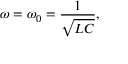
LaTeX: \omega = \omega _ { 0 } = { \frac { 1 } { \sqrt { L C } } } ,